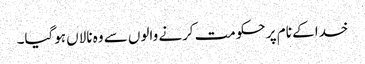
خدا کے نام پر حکومت کرنے والوں سے وہ نالاں ہوگیا۔